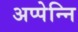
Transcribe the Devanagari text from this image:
अप्पेन्नि